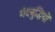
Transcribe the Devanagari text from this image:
मंदबुद्धियों